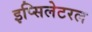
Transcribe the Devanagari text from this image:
इप्सिलेटरल